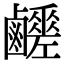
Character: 𪊈